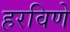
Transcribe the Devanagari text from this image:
हरविणे